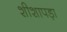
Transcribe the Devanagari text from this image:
शीशापड़ा